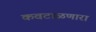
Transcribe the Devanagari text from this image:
कवटाळणारा